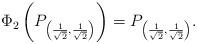
LaTeX: \begin{align*}\Phi_2\left(P_{\left(\frac{1}{\sqrt{2}},\frac{1}{\sqrt{2}}\right)}\right) = P_{\left(\frac{1}{\sqrt{2}},\frac{1}{\sqrt{2}}\right)}.\end{align*}